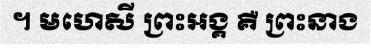
។ មហេសី ព្រះអង្គ គឺ ព្រះនាង